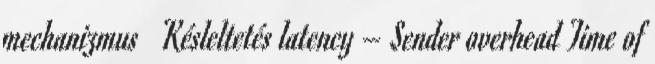
mechanizmus ● Késleltetés latency – Sender overhead Time of